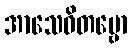
အာသေဝိတဗ္ဗော